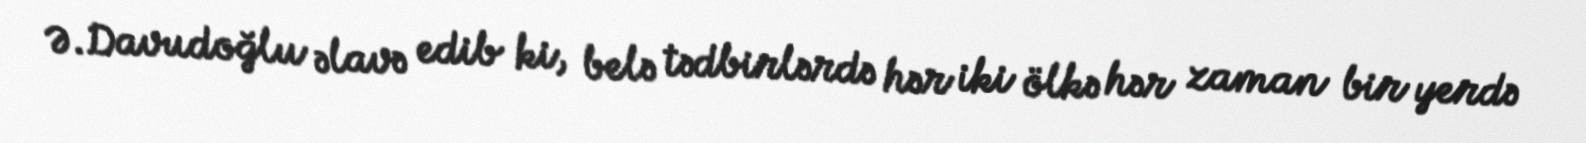
Ə.Davudoğlu əlavə edib ki, belə tədbirlərdə hər iki ölkə hər zaman bir yerdə